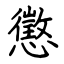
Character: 懲